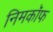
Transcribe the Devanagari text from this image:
निमकॉफ